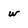
Character: w